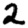
Digit: 2